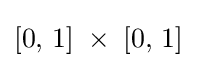
[0,\,1]\;\times \;[0,\,1]